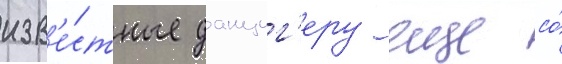
изв'е́стные данциг'еру еще со́